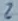
Text: 2